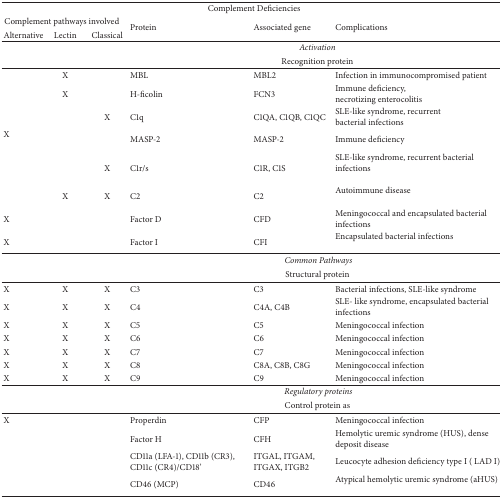
<table><thead><tr><td colspan="6"><b> Complement Deficiencies</b></td></tr><tr><td colspan="3"><b>Complement pathways involved</b></td><td><b>Protein </b></td><td><b>Associated gene</b></td><td rowspan="2"><b>Complications</b></td></tr><tr><td><b>Alternative</b></td><td><b>Lectin</b></td><td><b>Classical</b></td></tr></thead><tbody><tr><td rowspan="2"> </td><td rowspan="2"> </td><td rowspan="2"> </td><td colspan="3"><i>Activation </i></td></tr><tr><td colspan="3">Recognition protein</td></tr><tr><td> </td><td>X</td><td> </td><td> MBL</td><td>MBL2</td><td>Infection in immunocompromised patient</td></tr><tr><td> </td><td>X</td><td> </td><td>H-ficolin</td><td>FCN3</td><td>Immune deficiency,necrotizing enterocolitis </td></tr><tr><td> </td><td> </td><td>X </td><td>C1q</td><td>C1QA, C1QB, C1QC</td><td>SLE-like syndrome, recurrent bacterial infections</td></tr><tr><td> X</td><td> </td><td> </td><td>MASP-2</td><td>MASP-2</td><td>Immune deficiency</td></tr><tr><td> </td><td> </td><td>X </td><td>C1r/s</td><td>C1R, C1S</td><td>SLE-like syndrome, recurrent bacterial infections</td></tr><tr><td> </td><td>X</td><td>X </td><td>C2</td><td>C2</td><td>Autoimmune disease</td></tr><tr><td>X</td><td> </td><td> </td><td>Factor D </td><td>CFD</td><td>Meningococcal and encapsulated bacterial infections </td></tr><tr><td>X</td><td> </td><td> </td><td>Factor I</td><td>CFI</td><td>Encapsulated bacterial infections</td></tr><tr><td> </td><td> </td><td> </td><td colspan="3"><i> Common Pathways </i></td></tr><tr><td> </td><td> </td><td> </td><td colspan="3">Structural protein</td></tr><tr><td>X</td><td>X</td><td>X </td><td>C3</td><td>C3</td><td>Bacterial infections, SLE-like syndrome</td></tr><tr><td>X</td><td>X</td><td>X </td><td>C4</td><td>C4A, C4B</td><td>SLE- like syndrome, encapsulated bacterial infections</td></tr><tr><td>X</td><td>X</td><td>X </td><td>C5</td><td>C5</td><td>Meningococcal infection</td></tr><tr><td>X</td><td>X</td><td>X</td><td>C6</td><td>C6</td><td>Meningococcal infection</td></tr><tr><td>X</td><td>X</td><td>X</td><td>C7</td><td>C7</td><td>Meningococcal infection</td></tr><tr><td>X</td><td>X</td><td>X</td><td>C8</td><td>C8A, C8B, C8G</td><td>Meningococcal infection</td></tr><tr><td>X</td><td>X</td><td>X </td><td>C9</td><td>C9</td><td>Meningococcal infection</td></tr><tr><td> </td><td> </td><td> </td><td colspan="3"><i> Regulatory proteins </i></td></tr><tr><td> </td><td> </td><td> </td><td colspan="3">Control protein as</td></tr><tr><td>X</td><td> </td><td> </td><td>Properdin</td><td>CFP</td><td>Meningococcal infection</td></tr><tr><td> </td><td> </td><td> </td><td>Factor H</td><td>CFH</td><td>Hemolytic uremic syndrome (HUS), dense deposit disease</td></tr><tr><td> </td><td> </td><td> </td><td>CD11a (LFA-1), CD11b (CR3), CD11c (CR4)/CD18&#x27;</td><td>ITGAL, ITGAM, ITGAX, ITGB2</td><td>Leucocyte adhesion deficiency type I ( LAD I) </td></tr><tr><td> </td><td> </td><td> </td><td>CD46 (MCP)</td><td>CD46</td><td>Atypical hemolytic uremic syndrome (aHUS)</td></tr></tbody></table>